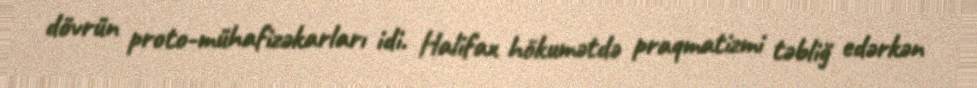
dövrün proto-mühafizəkarları idi. Halifax hökumətdə praqmatizmi təbliğ edərkən